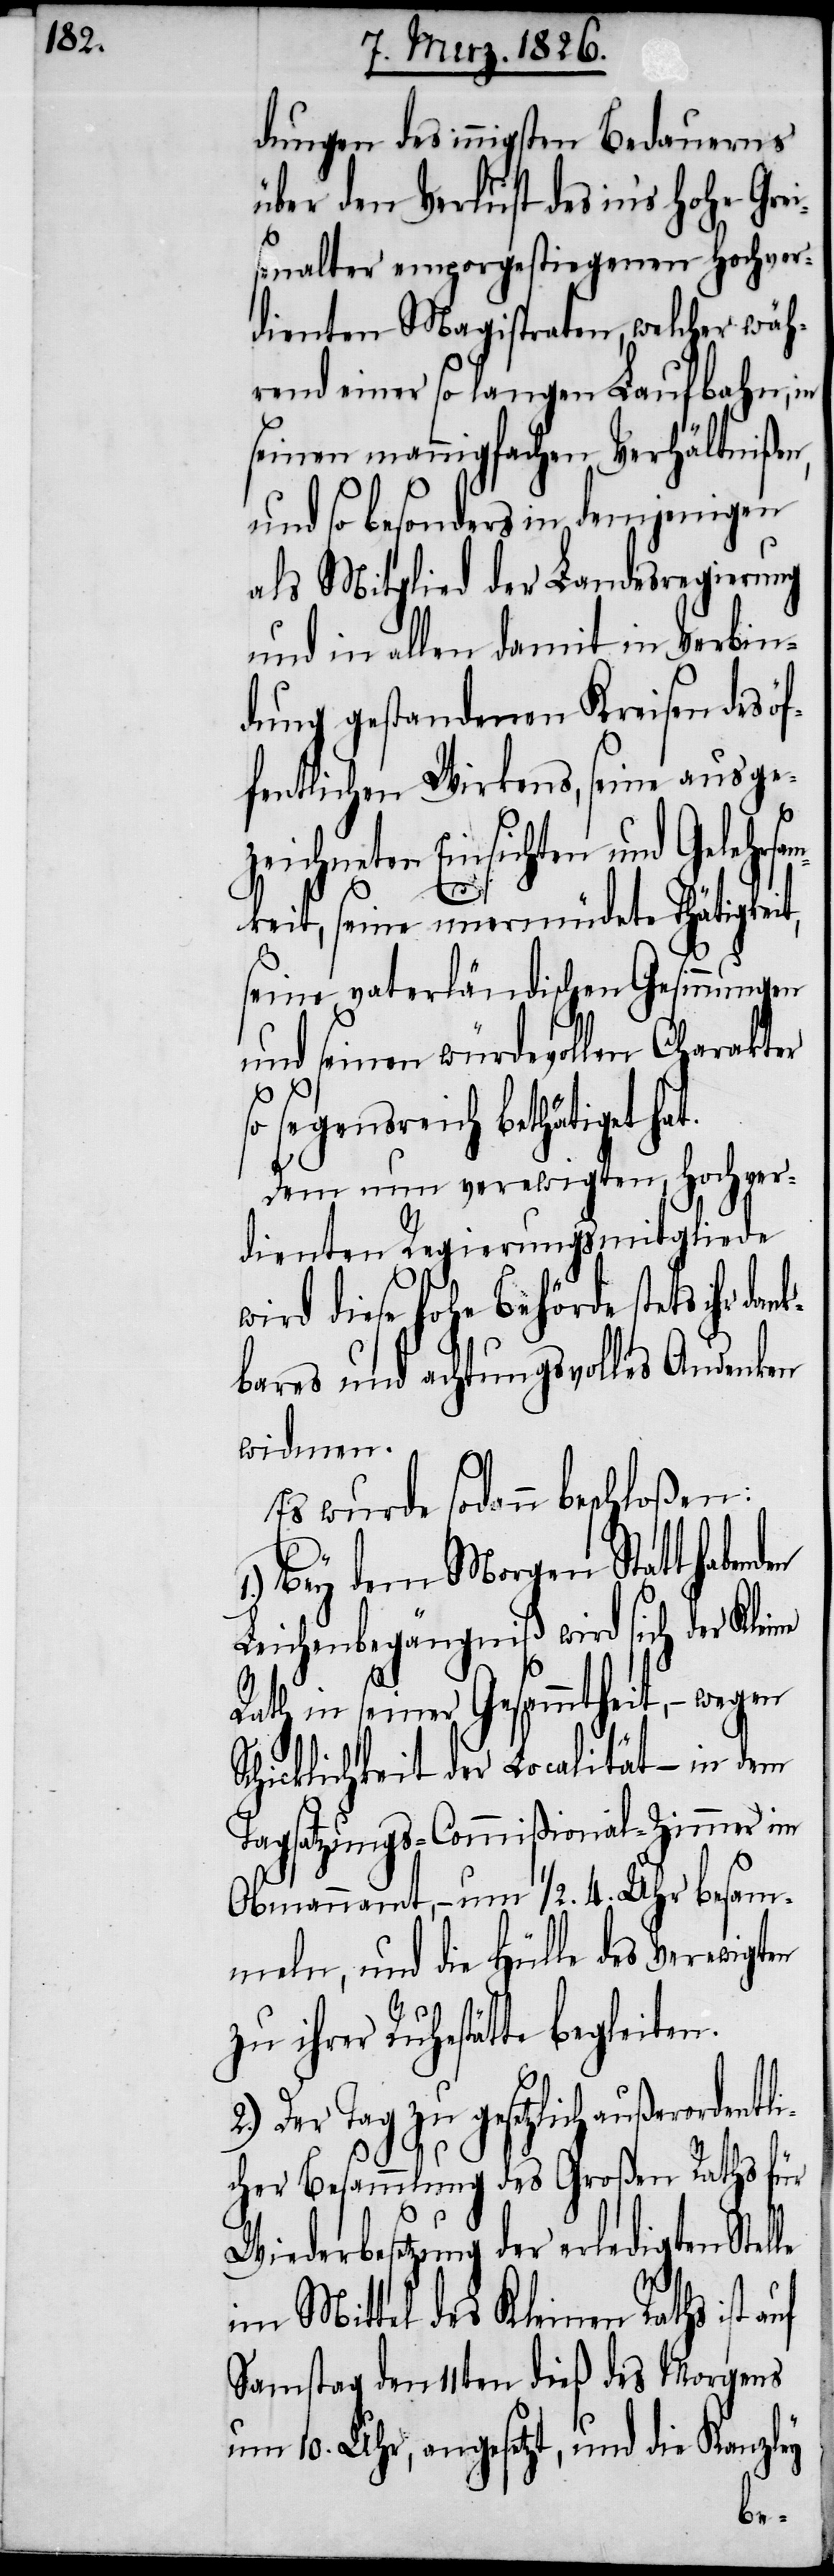
dungen des innigsten Bedauerns
über den Verlust des in’s hohe Gre¬
isenalter emporgestiegenen Hochver¬
dienten Magistraten, welcher wäh¬
rend einer so langen Laufbahn, in
seinen mannigfachen Verhältnißen,
und so besonders in demjenigen
als Mitglied der Landesregierung
und in allen damit in Verbin¬
dung gestandenen Kreisen des öf¬
fentlichen Wirkens, seine ausge¬
zeichneten Einsichten und Gelehr¬
keit, seine unermüdete Thätigkei¬
seine vaterländischen Gesinnungen
und seinen würdevollen Charakter
so segensreich bethätiget hat.
Dem nun verewigten, Hochver¬
mitgliede
dienten Regierungs¬
wird diese hohe Behörde stets ihr
bares und achtungsvolles Andenken
widmen.
Es wurde sodann beschloßen:
le
Bey dem Morgen
Leichenbegängniß wird sich der
Rath in seiner Gesammtheit, – wegen
in dem
Schicklichkeit der Locali¬
Tagsatzungs-Commißional-Zimmer im
Obmannamt, – um 1/2. 4. Uhr besam¬
meln, und die Hülle des verewigten
zu ihrer Ruhestätte begleiten.
Der Tag zu gesetzlich außerordent¬
cher Besammlung des Großen Raths für
Wiederbesetzung der erledigten Stel¬
im Mittel des Kleinen Raths ist
Samstag den 11ten dieß des Morgens
um 10. Uhr, angesetzt, und die Kanzley
den